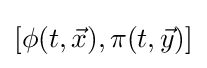
[\phi (t,{\vec {x}}),\pi (t,{\vec {y}})]